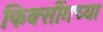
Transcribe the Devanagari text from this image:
फिक्सींगच्या